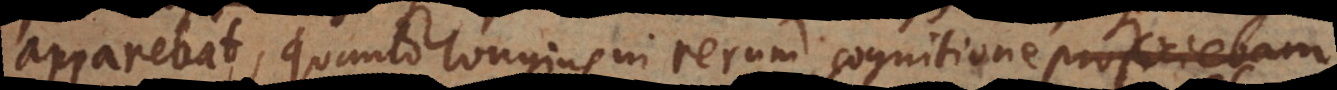
apparebat, quanto longius in rerum cognitione proficiebam